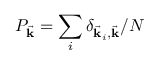
P _ { \vec { \mathbf { k } } } = \sum _ { i } \delta _ { \vec { \mathbf { k } } _ { i } , \vec { \mathbf { k } } } / N